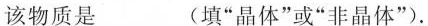
该物质是___(填“晶体”或“非晶体”).